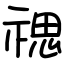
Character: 禗